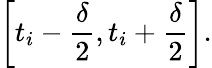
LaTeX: \left[t_{i}-{\frac{\delta}{2}},t_{i}+{\frac{\delta}{2}}\right].